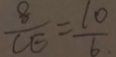
\frac { 8 } { C E } = \frac { 1 0 } { 6 _ { \cdot } }